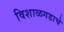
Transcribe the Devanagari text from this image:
विशाळगडाचे